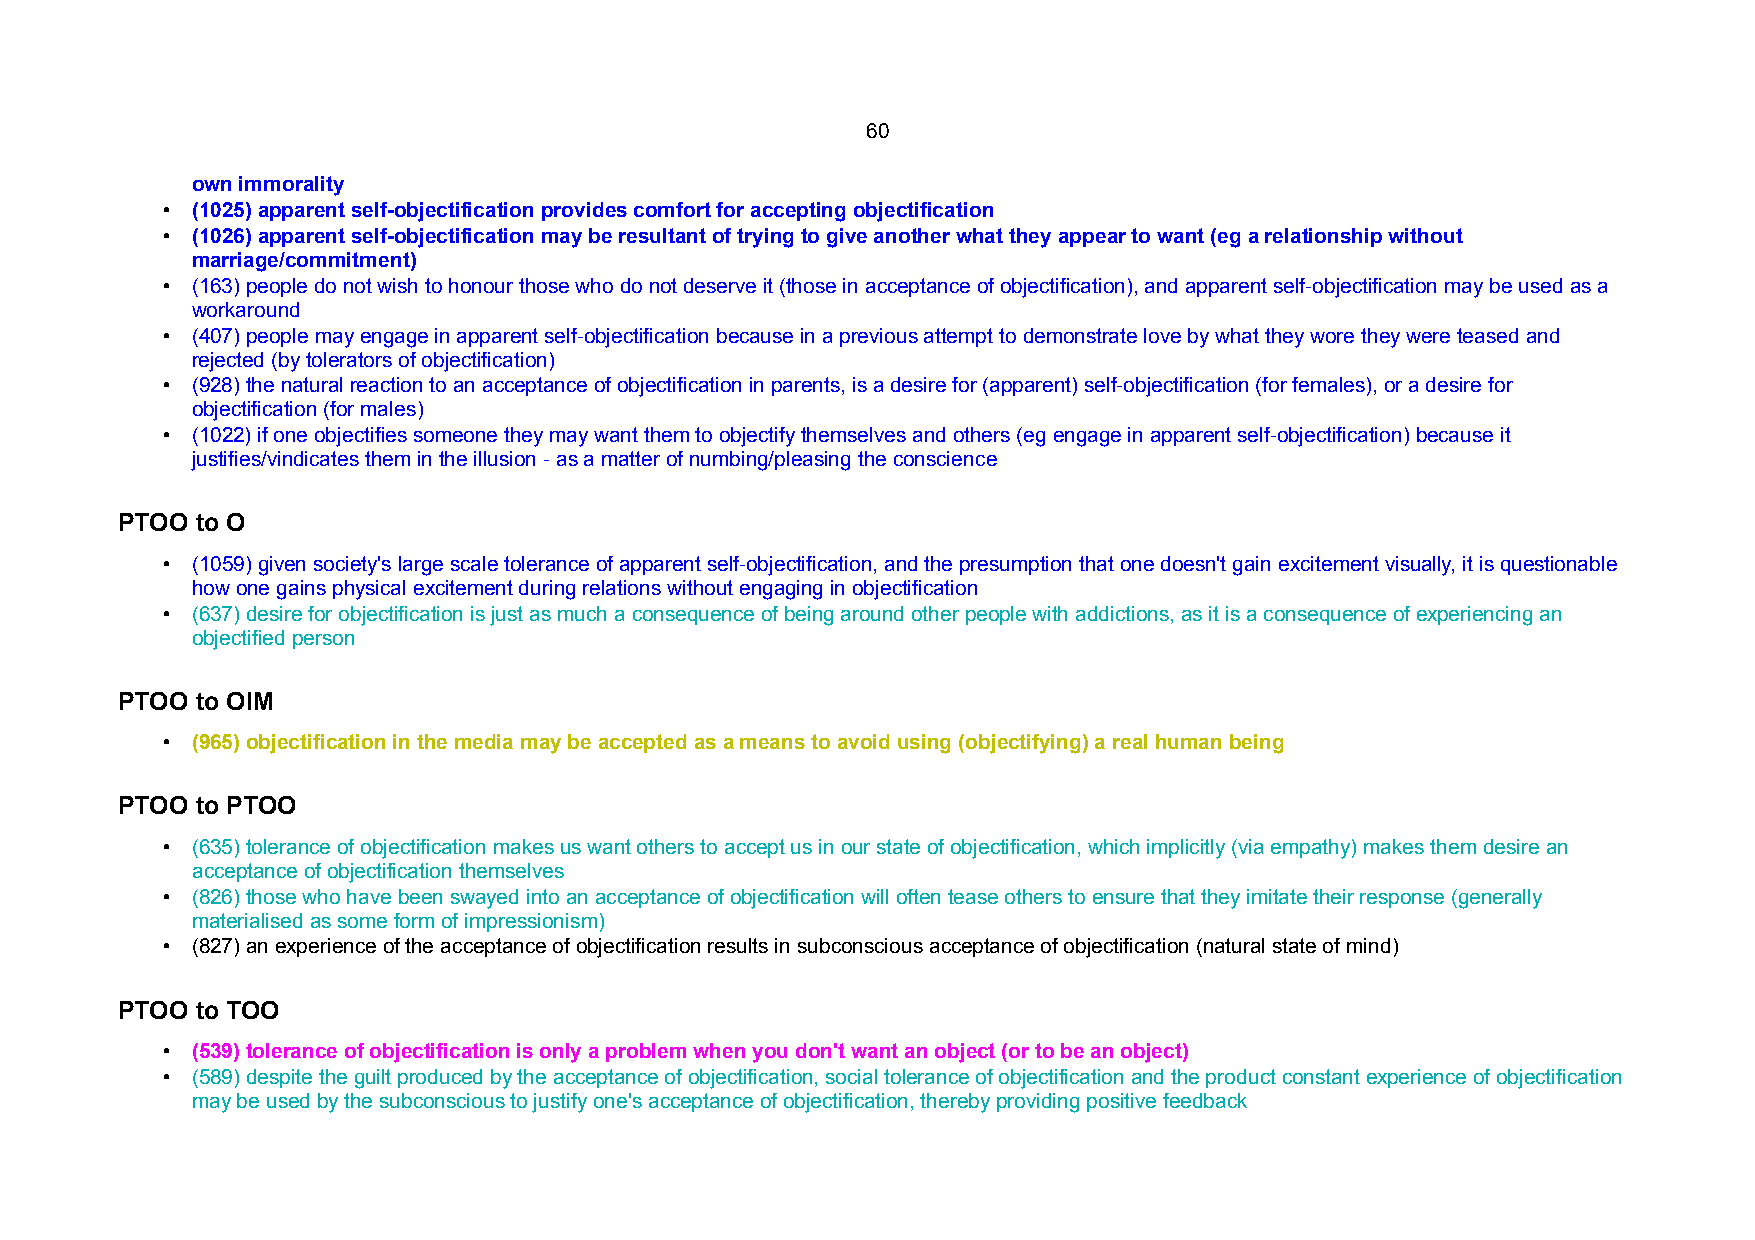
60
 own immorality
 • (1025) apparent self-objectification provides comfort for accepting objectification
 • (1026) apparent self-objectification may be resultant of trying to give another what they appear to want (eg a relationship without
 marriage/commitment)
 • (163) people do not wish to honour those who do not deserve it (those in acceptance of objectification), and apparent self-objectification may be used as a
 workaround
 • (407) people may engage in apparent self-objectification because in a previous attempt to demonstrate love by what they wore they were teased and
 rejected (by tolerators of objectification)
 • (928) the natural reaction to an acceptance of objectification in parents, is a desire for (apparent) self-objectification (for females), or a desire for
 objectification (for males)
 • (1022) if one objectifies someone they may want them to objectify themselves and others (eg engage in apparent self-objectification) because it
 justifies/vindicates them in the illusion - as a matter of numbing/pleasing the conscience
 PTOO to O
 • (1059) given society's large scale tolerance of apparent self-objectification, and the presumption that one doesn't gain excitement visually, it is questionable
 how one gains physical excitement during relations without engaging in objectification
 • (637) desire for objectification is just as much a consequence of being around other people with addictions, as it is a consequence of experiencing an
 objectified person
 PTOO to OIM
 • (965) objectification in the media may be accepted as a means to avoid using (objectifying) a real human being
 PTOO to PTOO
 • (635) tolerance of objectification makes us want others to accept us in our state of objectification, which implicitly (via empathy) makes them desire an
 acceptance of objectification themselves
 • (826) those who have been swayed into an acceptance of objectification will often tease others to ensure that they imitate their response (generally
 materialised as some form of impressionism)
 • (827) an experience of the acceptance of objectification results in subconscious acceptance of objectification (natural state of mind)
 PTOO to TOO
 • (539) tolerance of objectification is only a problem when you don't want an object (or to be an object)
 • (589) despite the guilt produced by the acceptance of objectification, social tolerance of objectification and the product constant experience of objectification
 may be used by the subconscious to justify one's acceptance of objectification, thereby providing positive feedback